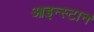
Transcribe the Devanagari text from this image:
आइन्स्टान